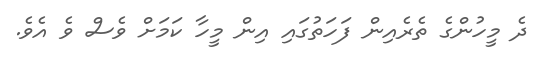
ދެ މީހުންގެ ތެރެއިން ފަހަތުގައި އިން މީހާ ކަމަށް ވެސް ވެ އެވެ.